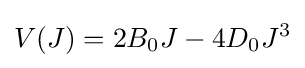
V(J)=2B_{0}J-4D_{0}J^{3}